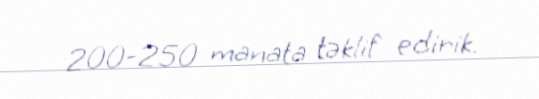
200-250 manata təklif edirik.